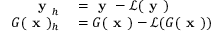
\begin{array} { r l } { \textbf { y } _ { h } } & { { } = \textbf { y } - \mathscr { L } ( \textbf { y } ) } \\ { G ( \textbf { x } ) _ { h } } & { { } = G ( \textbf { x } ) - \mathscr { L } ( G ( \textbf { x } ) ) } \end{array}